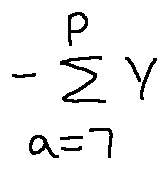
- \sum \limits _ { a = 7 } ^ { P } Y